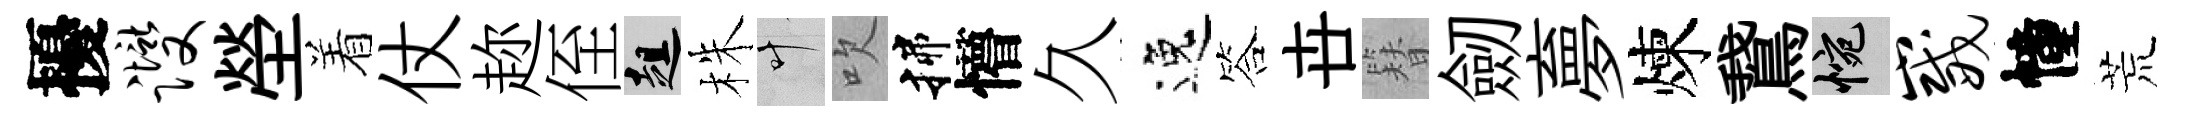
擾躞塋着仗趂侄趄株叶吹揲懵久逸答卋簪劒夣煉鵞惋崴幢荒